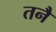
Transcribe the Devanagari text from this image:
तनै